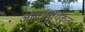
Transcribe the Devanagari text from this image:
अंतर्राष्ट्रीयकृत